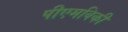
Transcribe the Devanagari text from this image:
पीएमविकी